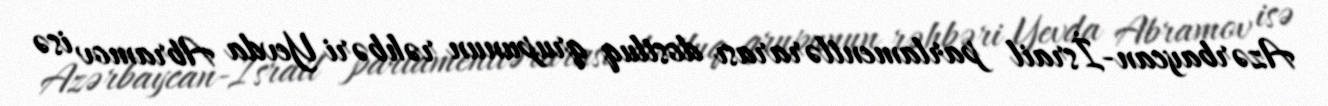
Azərbaycan-İsrail parlamentlərarası dostluq qrupunun rəhbəri Yevda Abramov isə